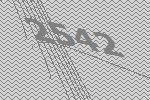
2542